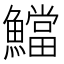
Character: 𩼉